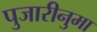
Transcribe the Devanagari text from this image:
पुजारीनुमा